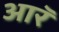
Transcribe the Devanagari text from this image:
आरॅ